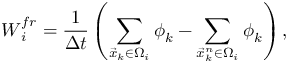
\boldsymbol { W } _ { i } ^ { f r } = \frac { 1 } { \Delta t } \left( \sum _ { \vec { x } _ { k } \in \Omega _ { i } } \boldsymbol { \phi } _ { k } - \sum _ { \vec { x } _ { k } ^ { n } \in \Omega _ { i } } \boldsymbol { \phi } _ { k } \right) ,